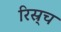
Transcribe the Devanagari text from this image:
रिस्र्च